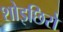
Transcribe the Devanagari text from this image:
शोइछिरो